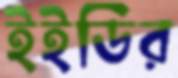
ইইডির